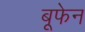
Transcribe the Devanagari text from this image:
बूफेन